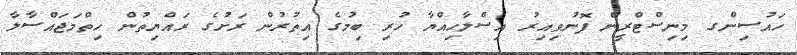
ހައުސިންގ މިނިސްޓްރީން ފޮނުވިއިރު އިސްލާހިއްޔާ ހުރި ބިމުގެ އިތުރުން ރަށުގެ ރައްޔިތުން ހިތްމަޖައްސާލާ